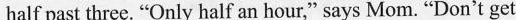
half past three. "Only half an hour," says Mom. "Don't get